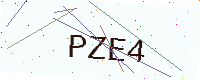
Text: PZE4